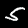
Digit: 5